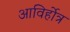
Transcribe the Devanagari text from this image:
आविर्होत्र